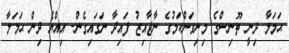
ޙަމަލާ ދިނީ ތޫނިސްގެ މިނިވަންކަމުގެ ނާޖާއިޒު ފައިދާ ނަގައިގެން- އިއްޔެ ދިން ޙަމަލާ